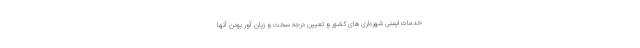
خدمات ایمنی شهرداری های کشور و تعیین درجه سخت و زیان آور بودن آنها